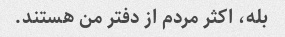
بله، اکثر مردم از دفتر من هستند.